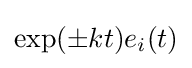
\exp(\pm kt)e_{i}(t)